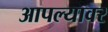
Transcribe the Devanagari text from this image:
आपल्‍यावर